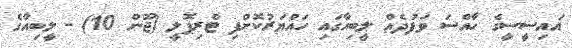
އައިސީސީގެ ހާއްސަ ވަފުދެއް ލީބިއާގައި ހައްޔަރުކޮށްފި ޓްރިޕޮލީ (ޖޫން 10) - ލީބިއާގެ